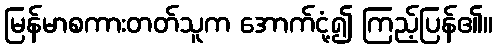
မြန်မာစကားတတ်သူက အောက်ငုံ့၍ ကြည့်ပြန်၏။